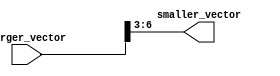
module part_select_assign (
    input [7:0] larger_vector,
    output [3:0] smaller_vector
);

assign smaller_vector = larger_vector[6:3]; // Select bits 6 to 3 from larger_vector and assign them to smaller_vector

endmodule